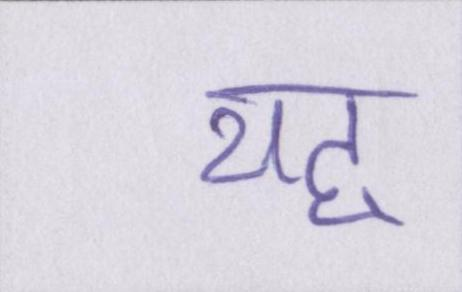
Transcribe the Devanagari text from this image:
यह्